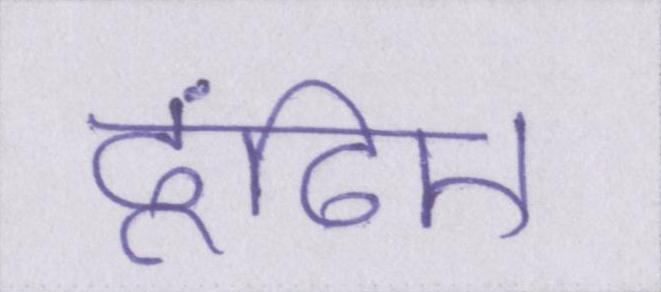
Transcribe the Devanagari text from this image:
ढूंढिए